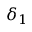
\delta _ { 1 }